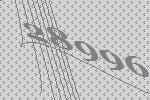
28996